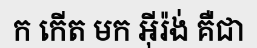
ក កើត មក អ៊ីរ៉ង់ គឺជា